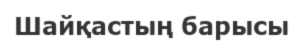
Шайқастың барысы